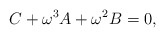
\begin{align*}C+\omega^3 A + \omega^2 B=0,\end{align*}